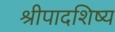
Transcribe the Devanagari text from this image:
श्रीपादशिष्य